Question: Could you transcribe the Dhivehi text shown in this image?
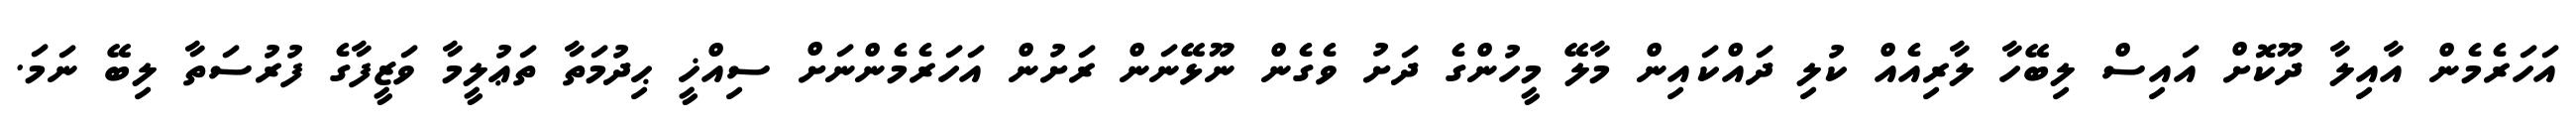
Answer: އަހަރެމެން އާއިލާ ދޫކޮށް އައިސް ލިބޭހާ ލާރިއެއް ކުލި ދައްކައިން މާލޭ މީހުންގެ ދަށު ވެގެން ނޫޅޭނަން ރަށުން އަހަރެމެންނަށް ސިއްޚީ ޙިދުމަތާ ތަޢުލީމާ ވަޒީފާގެ ފުރުސަތާ ލިބޭ ނަމަ.